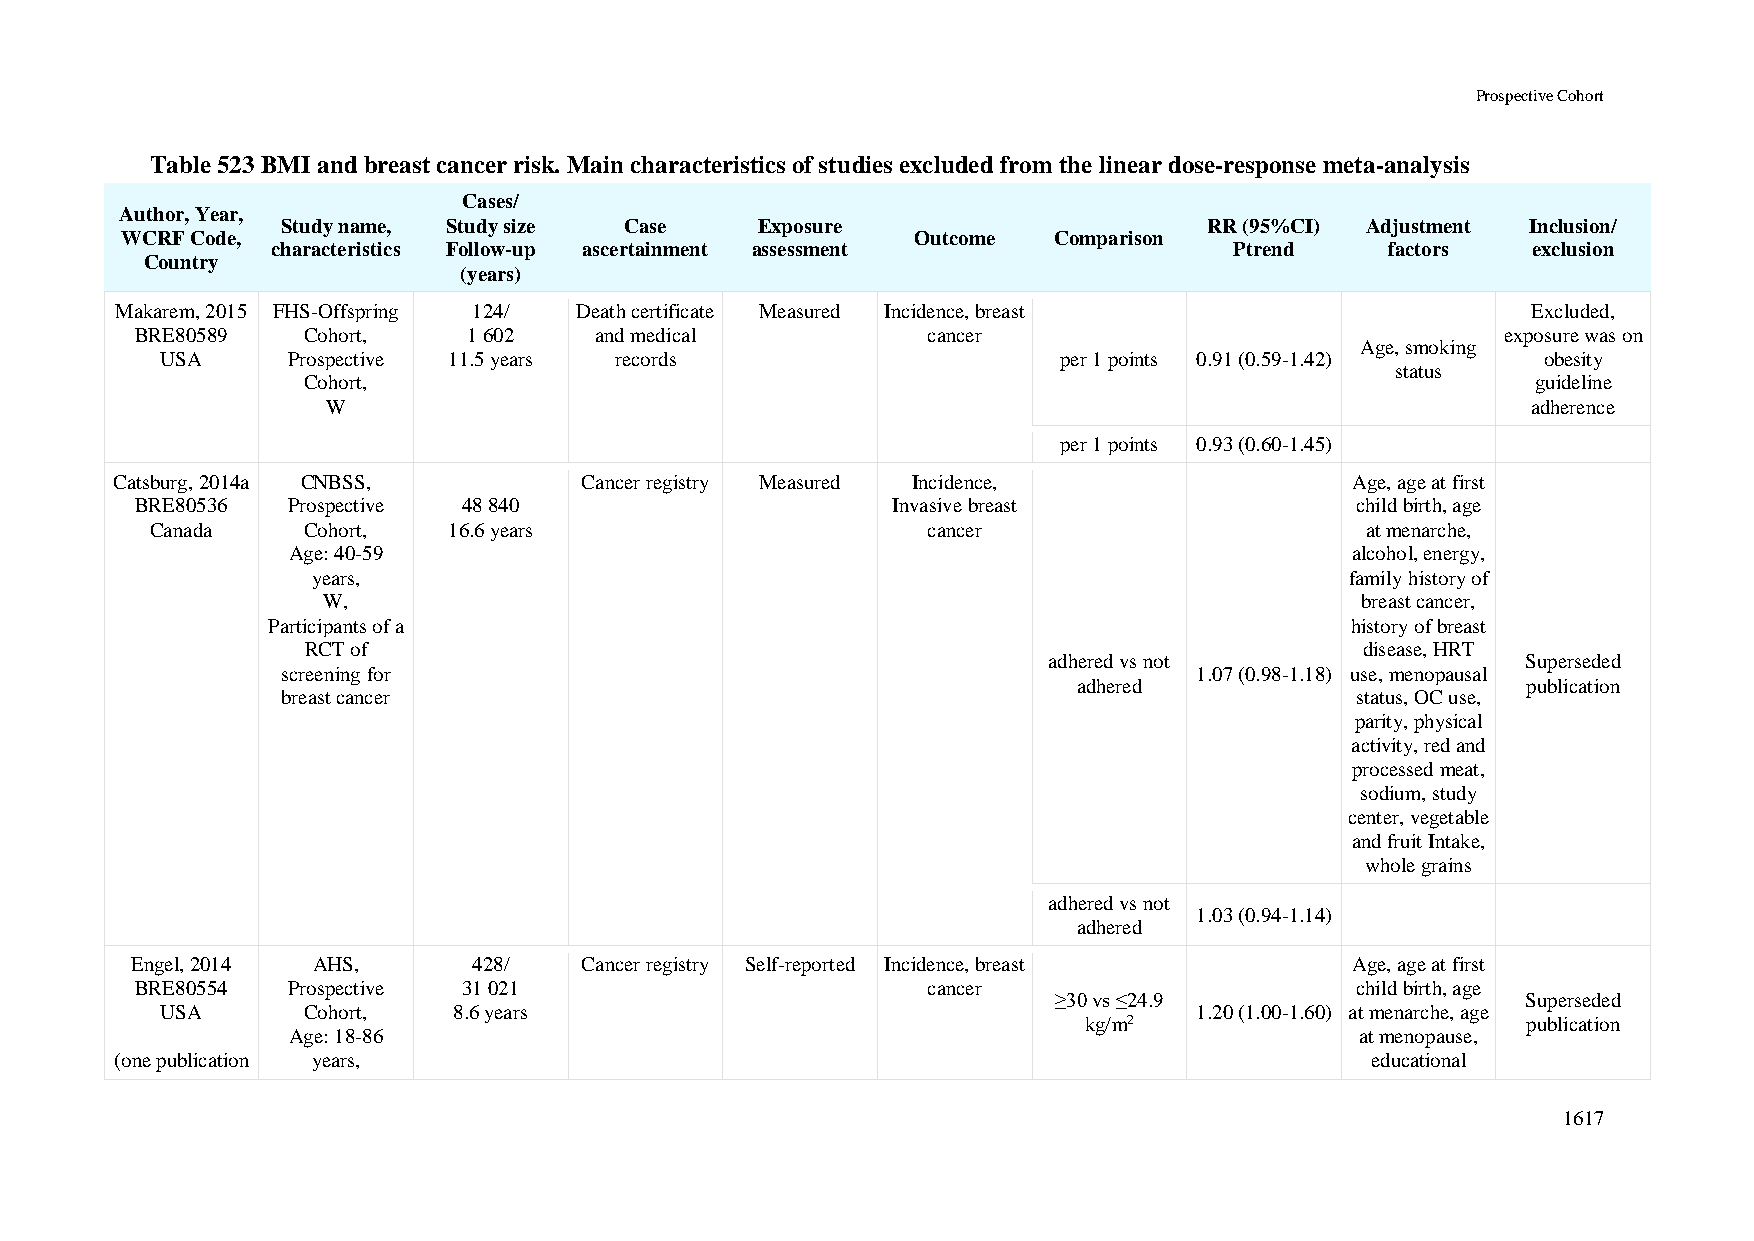
Prospective Cohort
 Table 523 BMI and breast cancer risk. Main characteristics of studies excluded from the linear dose-response meta-analysis
 Cases/
 Author, Year,
 Study name, Study size Case    Exposure                      RR (95%CI) Adjustment Inclusion/
 WCRF Code,                                           Outcome  Comparison
 characteristics Follow-up ascertainment assessment              Ptrend    factors  exclusion
 Country
 (years)
 Makarem, 2015 FHS-Offspring 124/ Death certificate Measured Incidence, breast                Excluded,
 BRE80589   Cohort,    1 602   and medical           cancer                                 exposure was on
 Age, smoking
 USA     Prospective 11.5 years records                     per 1 points 0.91 (0.59-1.42)   obesity
 status
 Cohort,                                                                           guideline
 W                                                                              adherence
 per 1 points 0.93 (0.60-1.45)
 Catsburg, 2014a CNBSS,         Cancer registry Measured Incidence,                 Age, age at first
 BRE80536  Prospective 48 840                      Invasive breast                child birth, age
 Canada    Cohort,   16.6 years                     cancer                       at menarche,
 Age: 40-59                                                            alcohol, energy,
 years,                                                              family history of
 W,                                                                   breast cancer,
 Participants of a                                                      history of breast
 RCT of                                                                disease, HRT
 adhered vs not                  Superseded
 screening for                                               1.07 (0.98-1.18) use, menopausal
 adhered                       publication
 breast cancer                                                          status, OC use,
 parity, physical
 activity, red and
 processed meat,
 sodium, study
 center, vegetable
 and fruit Intake,
 whole grains
 adhered vs not
 1.03 (0.94-1.14)
 adhered
 Engel, 2014 AHS,      428/   Cancer registry Self-reported Incidence, breast     Age, age at first
 BRE80554  Prospective 31 021                        cancer                       child birth, age
 ≥30 vs ≤24.9                   Superseded
 USA      Cohort,   8.6 years                                        1.20 (1.00-1.60) at menarche, age
 kg/m2                        publication
 Age: 18-86                                                             at menopause,
 (one publication years,                                                            educational
 1617